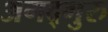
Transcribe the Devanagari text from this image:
अगद्गुरु